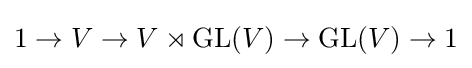
1\to V\to V\rtimes \operatorname {GL} (V)\to \operatorname {GL} (V)\to 1